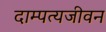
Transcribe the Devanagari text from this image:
दाम्पत्यजीवन